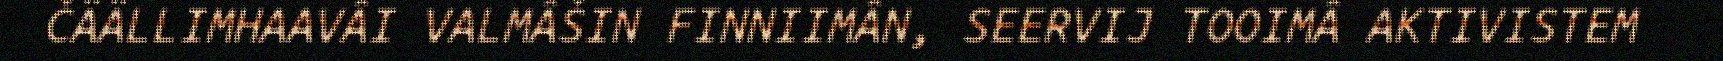
ČÄÄLLIMHAAVÂI VALMÂŠIN FINNIIMÂN, SEERVIJ TOOIMÂ AKTIVISTEM